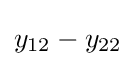
y_{12}-y_{22}